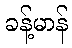
ခန့်မာန်